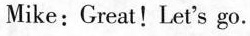
Mike: Great!Let's go.